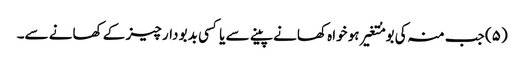
(۵) جب منہ کی بو مُتغیر ہو خواہ کھانے پینے سے یا کسی بدبو دار چیز کے کھانے سے۔